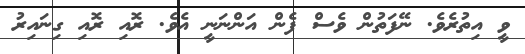
ވީ އިތުރެވެ. ނޭފަތުން ވެސް ފެން އަންނަނީ އެވެ. ރޮއި ރޮއި ގިނައިރު